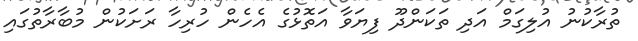
ތުރާކުނު އުލިގަމް އަދި ތަކަންދޫ ފިޔަވާ އަތޮޅުގެ އެހެން ހުރިހާ ރަށަކުން މުބާރާތުގައި